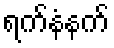
ရက်နံနက်